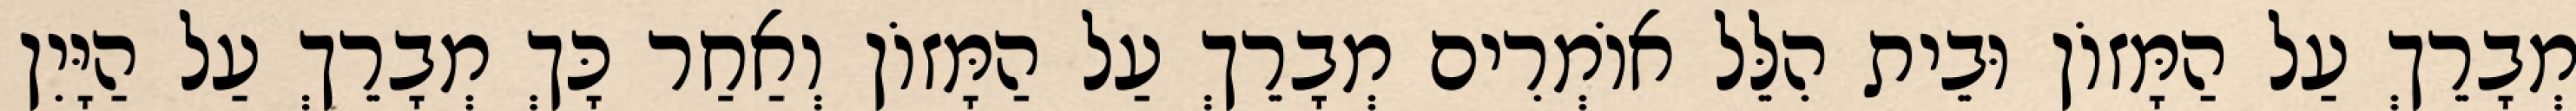
מְבָרֵךְ עַל הַמָּזוֹן וּבֵית הִלֵּל אוֹמְרִים מְבָרֵךְ עַל הַמָּזוֹן וְאַחַר כָּךְ מְבָרֵךְ עַל הַיָּיִן